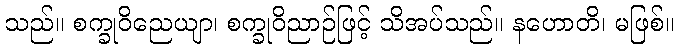
သည်။ စက္ခုဝိညေယျာ၊ စက္ခုဝိညာဉ်ဖြင့် သိအပ်သည်။ နဟောတိ၊ မဖြစ်။